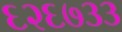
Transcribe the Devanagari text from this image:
६२६७३३